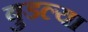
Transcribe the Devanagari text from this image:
बुडल्या